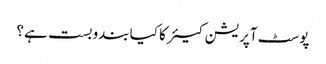
پوسٹ آپریشن کیئر کا کیا بندوبست ہے؟